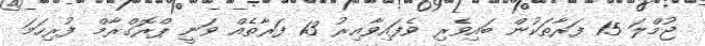
ޖުމްލަ 15 ފަރާތަކުން ބައިވެރި ވެފައިވާއިރު 13 ފަރާތެއް ވަނީ ޕްރޮގްރާމް ފުރިހަމަ